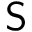
\mathsf { S }